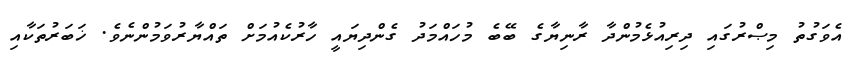
އެވަގުތު މިޞްރުގައި ދިރިއުޅެމުންދާ ރާނިޔާގެ ބޭބެ މުހައްމަދު ގެންދިޔައީ ހާރުކެއުމަށް ތައްޔާރުވަމުންނެވެ. ޚަބަރުތަކާއި